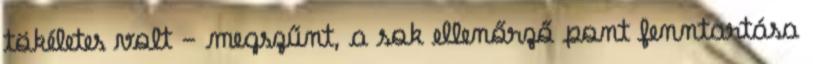
tökéletes volt - megszűnt, a sok ellenőrző pont fenntartása